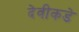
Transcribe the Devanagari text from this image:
देवीकडे